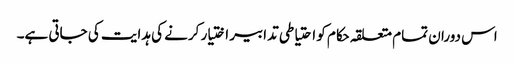
اس دوران تمام متعلقہ حکام کو احتیاطی تدابیر اختیار کرنے کی ہدایت کی جاتی ہے۔